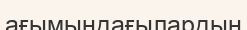
ағымындағылардың